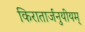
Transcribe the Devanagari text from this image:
किरातार्जनुयीयम्‌